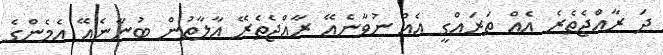
ދަ ރާއްޖެތެރެ އެއް ތަރައްގީ އެއް ނުވާނެއޭ ރާއްޖެތެރޭ އާލާތުން ބުނާނެއޭ އެމެންގެ